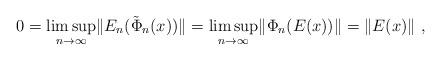
LaTeX: \begin{align*}0 = \limsup_{n \to \infty} \lVert E_n(\tilde{\Phi}_n(x)) \rVert = \limsup_{n \to \infty} \lVert \Phi_n(E(x)) \rVert = \lVert E(x) \rVert\ ,\end{align*}